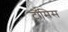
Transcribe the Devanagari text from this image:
टॉमिस